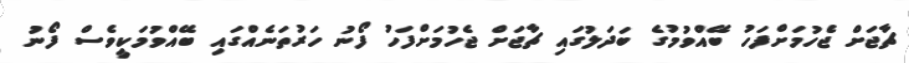
ޗާޖަށް ޖެހުމަށްފަހު ބޭއްވުމުގެ ބަދަލުގައި ޗާޖަށް ޖެހުމަށްފަހު ފޯނު ހަރުތަނެއްގައި ބޭއްވުމަކީވެސް ފޯނު